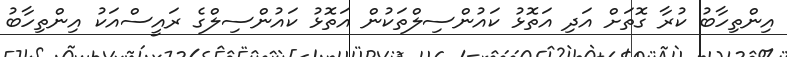
އިންތިހާބު ކުރާ ގޮތަށް އަދި އަތޮޅު ކައުންސިލްތަކުން އަތޮޅު ކައުންސިލްގެ ރައީސްއަކު އިންތިހާބު